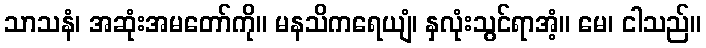
သာသနံ၊ အဆုံးအမတော်ကို။ မနသိကရေယျံ၊ နှလုံးသွင်ရာအံ့။ မေ၊ ငါသည်။